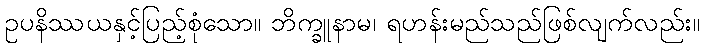
ဥပနိဿယနှင့်ပြည့်စုံသော။ ဘိက္ခူနာမ၊ ရဟန်းမည်သည်ဖြစ်လျက်လည်း။